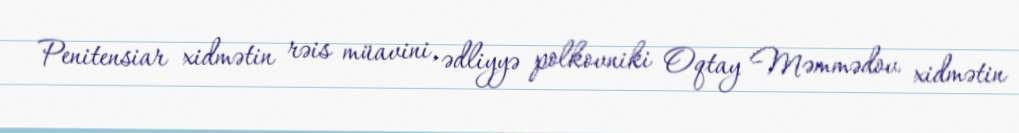
Penitensiar xidmətin rəis müavini, ədliyyə polkovniki Oqtay Məmmədov xidmətin